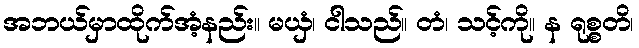
အဘယ်မှာထိုက်အံ့နည်း။ မယှံ၊ ငါသည်။ တံ၊ သင့်ကို။ န ရုစ္စတိ၊